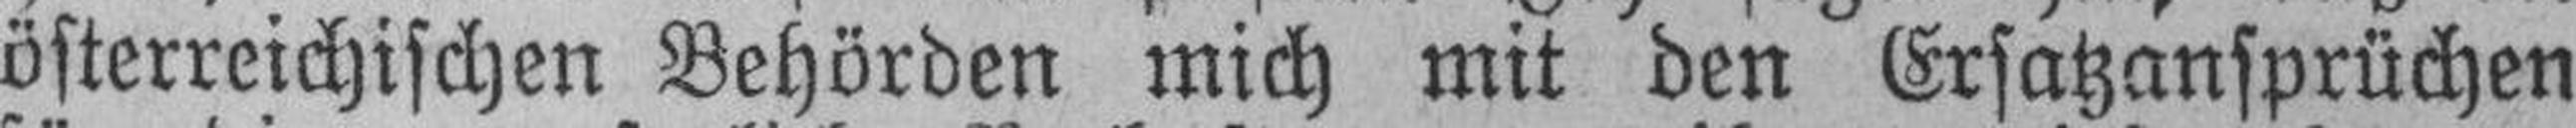
österreichischen Behörden mich mit den Ersatzansprüchen